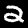
Digit: 2